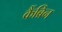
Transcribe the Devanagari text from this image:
कैंब्रिन